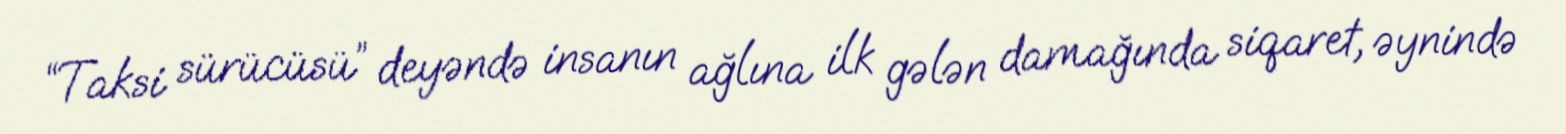
“Taksi sürücüsü” deyəndə insanın ağlına ilk gələn damağında siqaret, əynində